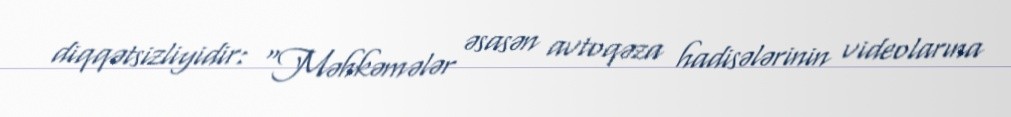
diqqətsizliyidir: “Məhkəmələr əsasən avtoqəza hadisələrinin videolarına